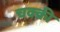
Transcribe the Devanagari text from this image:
चक्क्री